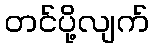
တင်ပို့လျက်